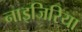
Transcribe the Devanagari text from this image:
नाइजिरिया